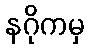
နဂိုကမှ